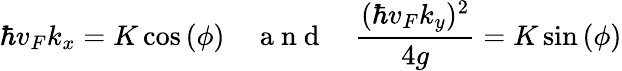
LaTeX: \hbar v_{F}k_{x}=K\cos{(\phi)}\quad\mathrm{~a~n~d~}\quad\frac{(\hbar v_{F}k_{y})^{2}}{4g}=K\sin{(\phi)}